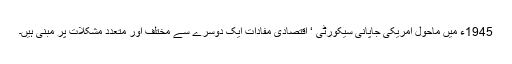
1945ء میں ماحول امریکی جاپانی سیکورٹی ‘ اقتصادی مفادات ایک دوسرے سے مختلف اور متعدد مشکلات پر مبنی ہیں۔